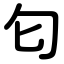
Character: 匂